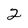
Character: 2